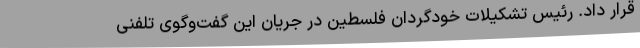
قرار داد. رئیس تشکیلات خودگردان فلسطین در جریان این گفت‌وگوی تلفنی